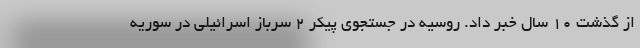
از گذشت ۱۰ سال خبر داد. روسیه در جستجوی پیکر ۲ سرباز اسرائیلی در سوریه